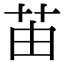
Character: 苖